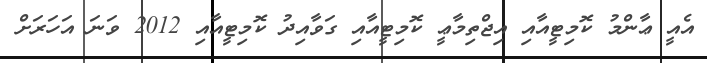
އެއީ ޢާންމު ކޮމިޓީއާއި އިޖްތިމާޢީ ކޮމިޓީއާއި ގަވާއިދު ކޮމިޓީއާއި 2012 ވަނަ އަހަރަށް